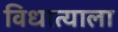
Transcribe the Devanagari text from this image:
विधात्याला